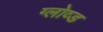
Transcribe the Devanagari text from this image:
ग्लोव्ड